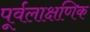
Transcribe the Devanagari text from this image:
पूर्वलाक्षणिक